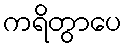
ကရိတွာပေ